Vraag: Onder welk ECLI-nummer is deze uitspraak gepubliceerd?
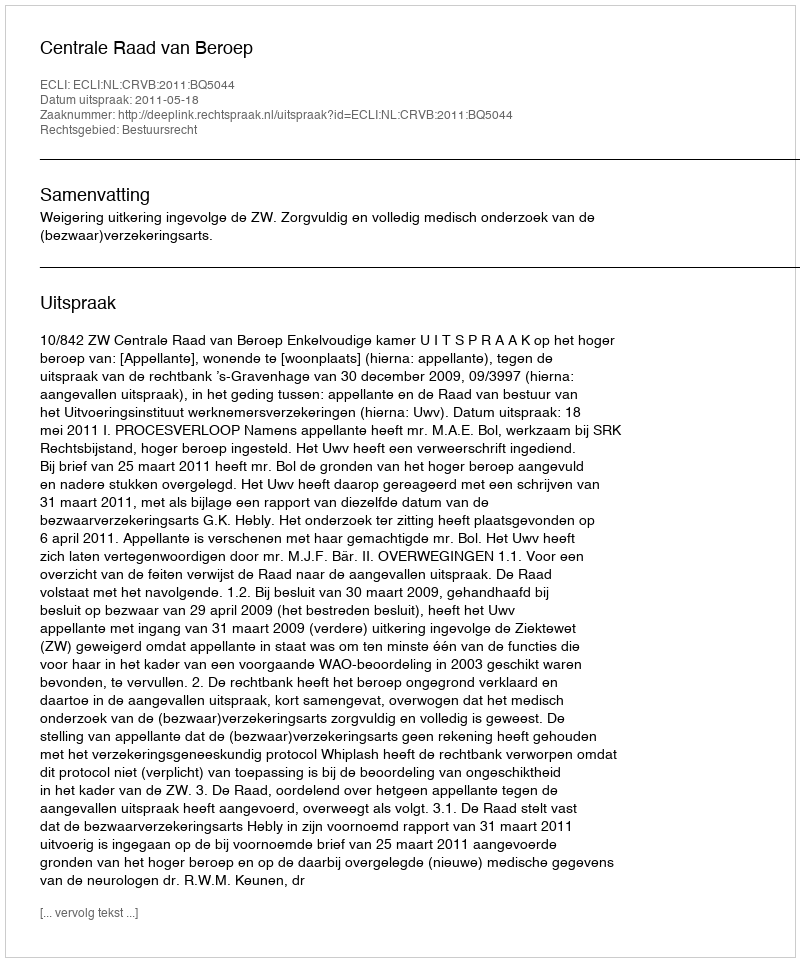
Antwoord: ECLI:NL:CRVB:2011:BQ5044